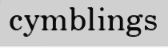
cymblings